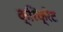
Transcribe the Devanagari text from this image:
क्रिक्रेट